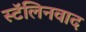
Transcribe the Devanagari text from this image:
स्टॅलिनवाद